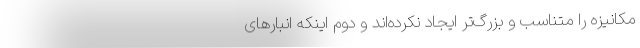
مکانیزه را متناسب و بزرگ‌تر ایجاد نکرده‌اند و دوم اینکه انبارهای